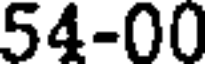
54-00